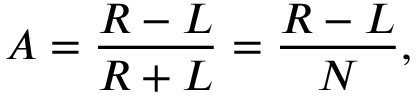
A = \frac { R - L } { R + L } = \frac { R - L } { N } ,